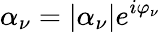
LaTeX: \alpha_{\nu}=\left|\alpha_{\nu}\right|e^{i\varphi_{\nu}}